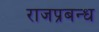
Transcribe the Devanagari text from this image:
राजप्रबन्ध